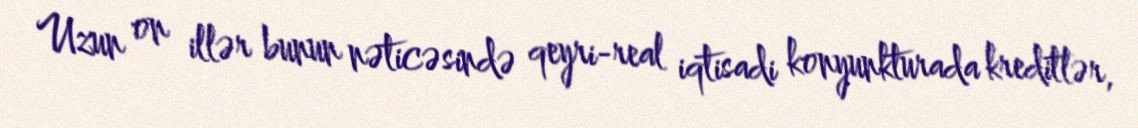
Uzun on illər bunun nəticəsində qeyri-real iqtisadi konyunkturada kreditlər,